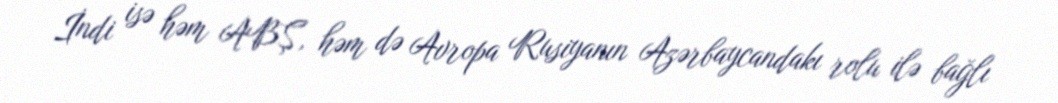
İndi isə həm ABŞ, həm də Avropa Rusiyanın Azərbaycandakı rolu ilə bağlı